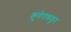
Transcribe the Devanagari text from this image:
कुबेराकडून